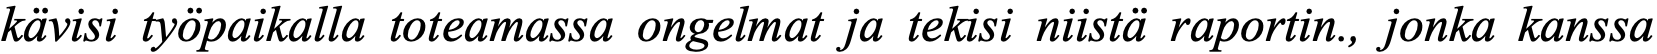
kävisi työpaikalla toteamassa ongelmat ja tekisi niistä raportin., jonka kanssa